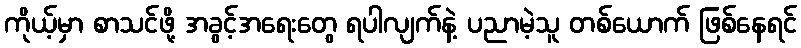
ကိုယ့်မှာ စာသင်ဖို့ အခွင့်အရေးတွေ ရပါလျက်နဲ့ ပညာမဲ့သူ တစ်ယောက် ဖြစ်နေရင်